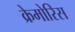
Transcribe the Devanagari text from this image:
क्रेमोरिस